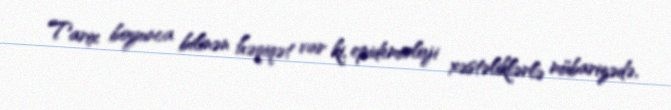
Tarix boyunca bilinən həqiqət var ki, epidemioloji xəstəliklərlə mübarizədə,